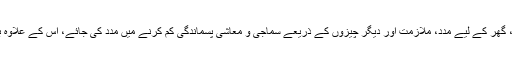
رپورٹ میں طویل مدتی سفارشات کے بارے میں بتایا گیا کہ فلاح و بہبود کی خدمات، گھر کے لیے مدد، ملازمت اور دیگر چیزوں کے ذریعے سماجی و معاشی پسماندگی کم کرنے میں مدد کی جائے، اس کے علاوہ بچوں کو محفوظ کرنے کی ذمہ داری کے لیے ان کی جرم کی عمر کا جائزہ لیا جائے۔